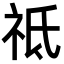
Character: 祗